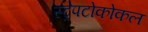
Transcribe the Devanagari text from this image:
स्ट्रेपटोकोकल